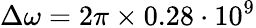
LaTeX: \Delta\omega=2\pi\times 0.28\cdot 10^{9}